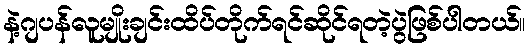
နဲ့ဂျပန်လူမျိုးချင်းထိပ်တိုက်ရင်ဆိုင်ရတဲ့ပွဲဖြစ်ပါတယ်။